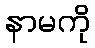
နာမကို